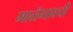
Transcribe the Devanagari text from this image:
माळॅगावची